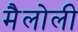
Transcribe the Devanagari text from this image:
मैलोली